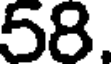
58.